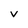
Character: v